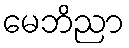
မေဘိညာ